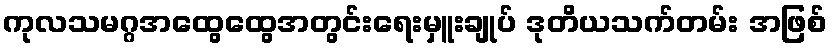
ကုလသမဂ္ဂအထွေထွေအတွင်းရေးမှူးချုပ် ဒုတိယသက်တမ်း အဖြစ်